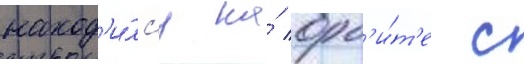
наход'и́лс'я на́ орб'и́т'е с